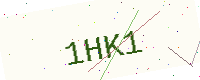
Text: 1HK1